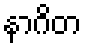
နာဂိတ